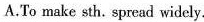
A.Ta make sth. Spread widely.